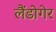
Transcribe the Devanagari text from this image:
लैंडोगेर